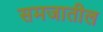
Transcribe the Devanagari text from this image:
समजातील